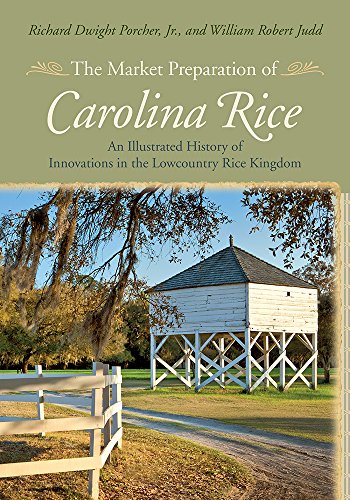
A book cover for The Market Preparation of Carolina Rice: An Illustrated History of Innovations in the Lowcountry Rice Kingdom; Richard Dwight Jr. Porcher; Science & Math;